Report on vaccination in Madras 1877-1894 - 1877-1894
Year: 1877
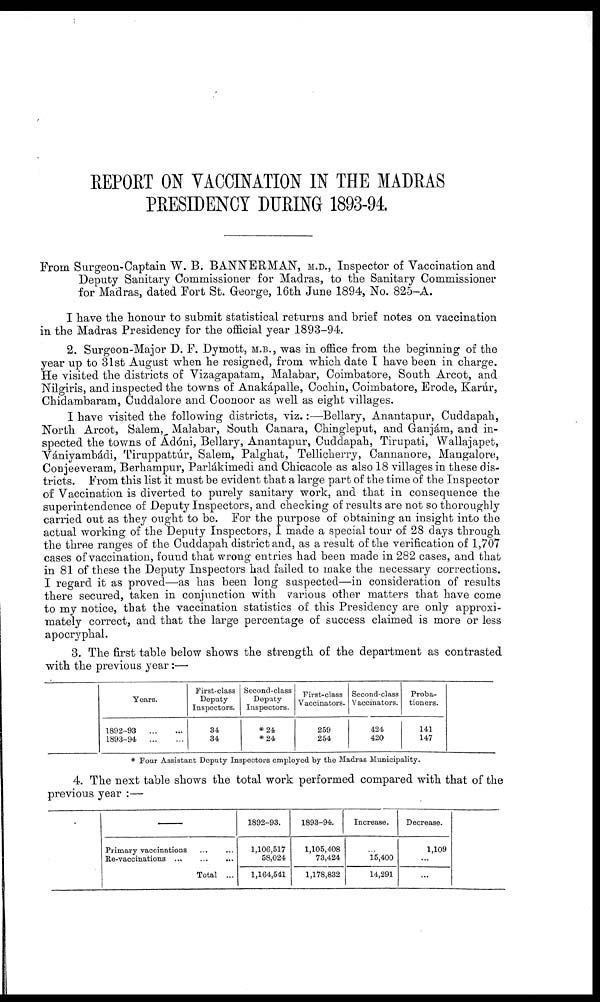
REPORT ON VACCINATION IN THE MADRAS
PRESIDENCY DURING 1893-94.
From Surgeon-Captain W. B. BANNERMAN, M.D., Inspector of Vaccination and
Deputy Sanitary Commissioner for Madras, to the Sanitary Commissioner
for Madras, dated Fort St. George, 16th June 1894, No. 825—A.
I have the honour to submit statistical returns and brief notes on vaccination
in the Madras Presidency for the official year 1893-94.
2. Surgeon-Major D. F. Dymott, M.B., was in office from the beginning of the
year up to 31st August when he resigned, from which date I have been in charge.
He visited the districts of Vizagapatam, Malabar, Coimbatore, South Arcot, and
Nilgiris, and inspected the towns of Anákapalle, Cochin, Coimbatore, Erode, Karúr,
Chidambaram, Cuddalore and Coonoor as well as eight villages.
I have visited the following districts, viz.:—Bellary, Anantapur, Cuddapah,
North Arcot, Salem, Malabar, South Canara, Chingleput, and Ganjám, and in-
spected the towns of Adóni, Bellary, Anantapur, Cuddapah, Tirupati, Wallajapet,
Vániyambádi, Tiruppattúr, Salem, Palghat, Tellicherry, Cannanore, Mangalore,
Conjeeveram, Berhampur, Parlákimedi and Chicacole as also 18 villages in these dis-
tricts. From this list it must be evident that a large part of the time of the Inspector
of Vaccination is diverted to purely sanitary work, and that in consequence the
superintendence of Deputy Inspectors, and checking of results are not so thoroughly
carried out as they ought to be. For the purpose of obtaining an insight into the
actual working of the Deputy Inspectors, I made a special tour of 28 days through
the three ranges of the Cuddapah district and, as a result of the verification of 1,707
cases of vaccination, found that wrong entries had been made in 282 cases, and that
in 81 of these the Deputy Inspectors had failed to make the necessary corrections.
I regard it as proved—as has been long suspected—in consideration of results
there secured, taken in conjunction with various other matters that have come
to my notice, that the vaccination statistics of this Presidency are only approxi-
mately correct, and that the large percentage of success claimed is more or less
apocryphal.
3. The first table below shows the strength of the department as contrasted
with the previous year:—
Years.
1892-93
...
...
1893-94
...
...
First-class
Deputy
Inspectors.
34
34
Second-class
Deputy
Inspectors.
*24
*24
First-class
Vaccinators.
259
254
Second-class
Vaccinators.
424
420
Proba-
tioners.
141
147
* Four Assistant Deputy Inspectors employed by the Madras Municipality.
4. The next table shows the total work performed compared with that of the
previous year :—
Primary vaccinations ... ...
Re-vaccinations ... ... ...
Total ...
1892-93.
1,106,517
58,024
1,164,541
1893-94.
1,105,408
73,424
1,178,832
Increase.
...
15,400
14,291
Decrease.
1,109
...
...